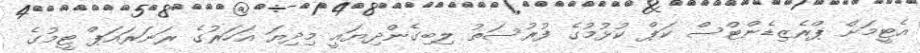
އެޓީމަށް ޕްރެޒިޑެންޓްސް ކަޕް ކުޅުމުގެ ފުރުސަތު ލިބިގެންދިޔައީ މިދިޔަ އަހަރުގެ ރަނަރައަޕް ޓީމުގެ